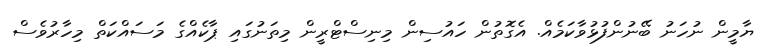
ޔާމީން ނުހަނު ބޭނުންފުޅުވާކަމެއް. އެގޮތުން ހައުސިން މިނިސްޓްރީން މިތަނުގައި ޕާކެއްގެ މަސައްކަތް މިހާރުވެސް